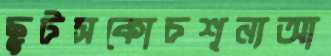
ছুটসকোচশূন্যআ